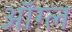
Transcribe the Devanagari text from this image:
ऑग्ल